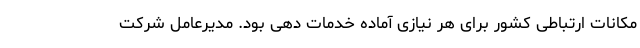
مکانات ارتباطی کشور برای هر نیازی آماده خدمات دهی بود. مدیرعامل شرکت